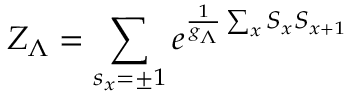
Z _ { \Lambda } = \sum _ { s _ { x } = \pm 1 } e ^ { \frac { 1 } { g _ { \Lambda } } \sum _ { x } S _ { x } S _ { x + 1 } }